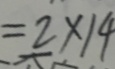
= 2 \times 1 4